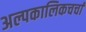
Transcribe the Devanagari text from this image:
अल्पकालिकचर्चा